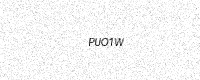
Text: PUO1W